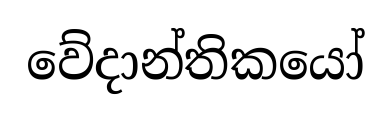
වේදාන්තිකයෝ